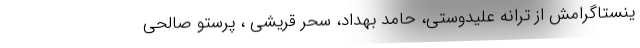
ینستاگرامش از ترانه علیدوستی، حامد بهداد، سحر قریشی ، پرستو صالحی